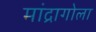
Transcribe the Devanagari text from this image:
मांद्रागोला